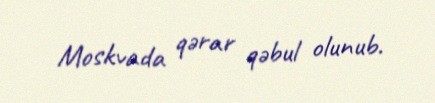
Moskvada qərar qəbul olunub.